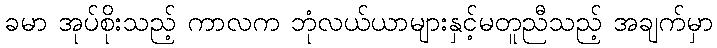
ခမာ အုပ်စိုးသည့် ကာလက ဘုံလယ်ယာများနှင့်မတူညီသည့် အချက်မှာ